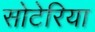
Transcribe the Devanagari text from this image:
सोटेरिया